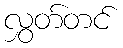
လွှတ်တင်